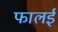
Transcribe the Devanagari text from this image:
फालई